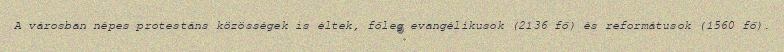
A városban népes protestáns közösségek is éltek, főleg evangélikusok (2136 fő) és reformátusok (1560 fő).